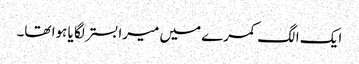
ایک الگ کمرے میں میرا بستر لگا یا ہوا تھا۔